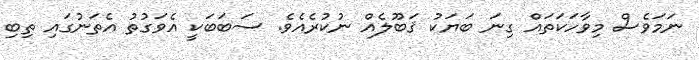
ނަމަވެސް މިވާހަކަތައް ގިނަ ބަޔަކު ޤަބޫލެއް ނުކުރެއެވެ. ސަބަބަކީ އެވަގުތު އެތަނުގައި ތިބި